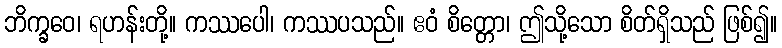
ဘိက္ခဝေ၊ ရဟန်းတို့။ ကဿပေါ၊ ကဿပသည်။ ဧဝံ စိတ္တော၊ ဤသို့သော စိတ်ရှိသည် ဖြစ်၍။